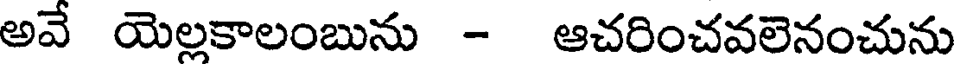
అవే యెల్లకాలంబును - ఆచరించవలెనంచును